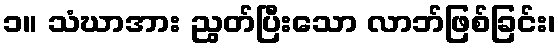
၁။ သံဃာအား ညွတ်ပြီးသော လာဘ်ဖြစ်ခြင်း၊